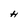
Character: H